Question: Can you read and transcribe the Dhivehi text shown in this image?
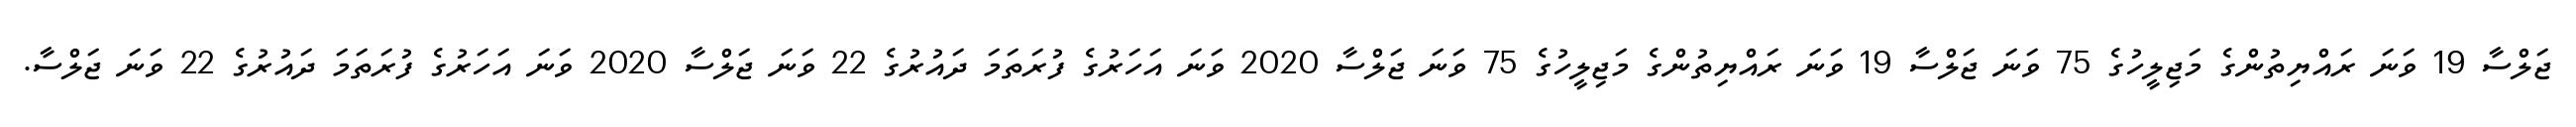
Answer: ޖަލްސާ 19 ވަނަ ރައްޔިތުންގެ މަޖިލީހުގެ 75 ވަނަ ޖަލްސާ 19 ވަނަ ރައްޔިތުންގެ މަޖިލީހުގެ 75 ވަނަ ޖަލްސާ 2020 ވަނަ އަހަރުގެ ފުރަތަމަ ދައުރުގެ 22 ވަނަ ޖަލްސާ 2020 ވަނަ އަހަރުގެ ފުރަތަމަ ދައުރުގެ 22 ވަނަ ޖަލްސާ.